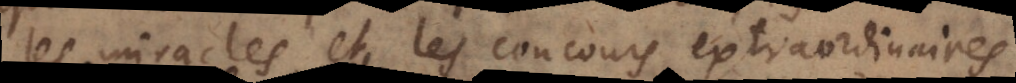
miracles et les concours extraordinai